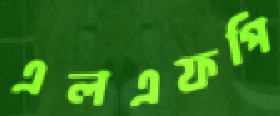
এলএফপি